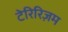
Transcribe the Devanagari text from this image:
टेरिरिज़म